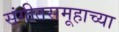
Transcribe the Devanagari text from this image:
संगीतसमूहाच्या